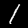
Label: 1